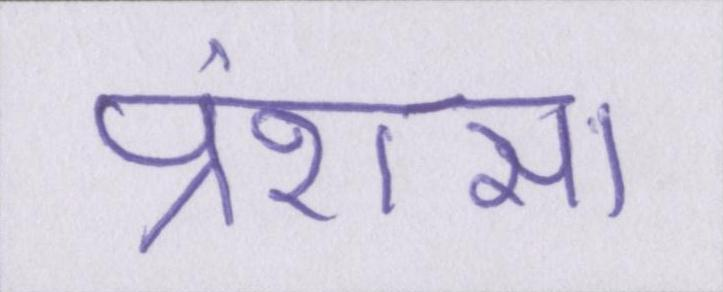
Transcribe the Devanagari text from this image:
प्रंशसा